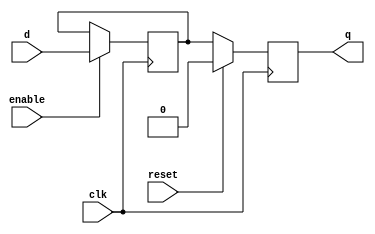
module transparent_latch_DFF (
    input wire clk,
    input wire reset,
    input wire enable,
    input wire d,
    output reg q
);

reg q_latch;

always @(posedge clk) begin
    if (enable) begin
        q_latch <= d;
    end
end

always @(posedge clk) begin
    if (reset) begin
        q <= 1'b0;
    end else begin
        q <= q_latch;
    end
end

endmodule